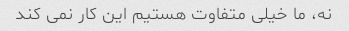
نه، ما خیلی متفاوت هستیم این کار نمی کند